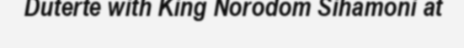
Duterte with King Norodom Sihamoni at